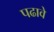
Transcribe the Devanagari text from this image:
पढावे